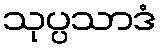
သုပ္ပသာဒံ